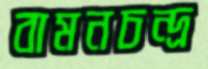
বামনচন্দ্র